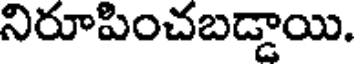
నిరూపించబడ్డాయి.